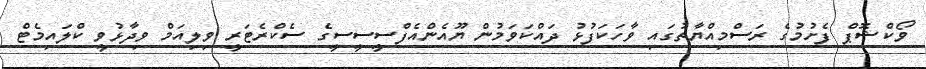
ވޯކްޝޮޕް ފެށުމުގެ ރަސްމިއްޔާތުގައި ވާހަކަފުޅު ދައްކަވަމުން ޔޫއެންއެފްސީސީސީގެ ސެކްރެޓަރީ ވިލިއަމް ވިދާޅުވީ ކްލައިމެޓް